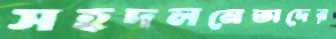
সহদলনেতাদের